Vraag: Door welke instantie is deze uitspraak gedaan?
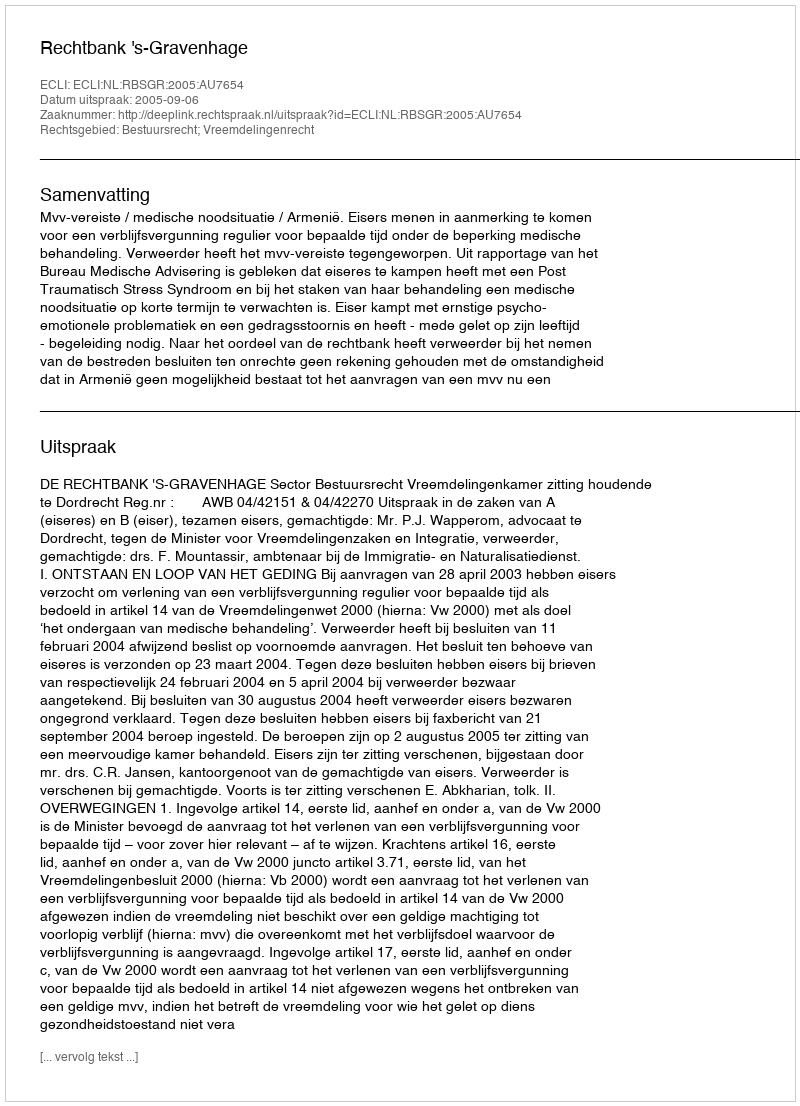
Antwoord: Rechtbank 's-Gravenhage